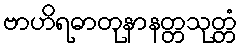
ဗာဟိရဓာတုနာနတ္တသုတ္တံ